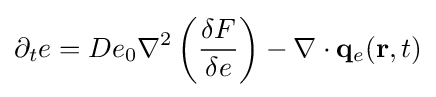
\partial _{t}e=De_{0}\nabla ^{2}\left({\frac {\delta F}{\delta e}}\right)-{\mathbf {\nabla } }\cdot {\mathbf {q} }_{e}(\mathbf {r} ,t)